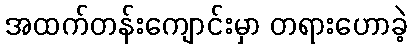
အထက်တန်းကျောင်းမှာ တရားဟောခဲ့